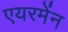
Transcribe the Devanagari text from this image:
एयरमेंन